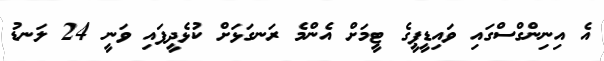
އެ އިނިންގްސްގައި ވައިޑީޕީގެ ޓީމަށް އެންމެ ރަނގަޅަށް ކުޅެދީފައި ވަނީ 24 ލަނޑު